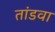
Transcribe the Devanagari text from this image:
तांडवा